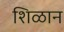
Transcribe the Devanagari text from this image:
शिळान